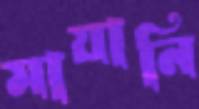
মায়ানি